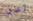
آخر